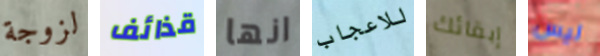
لزوجة قذائف انها للاعجاب إبقائك ليس